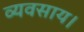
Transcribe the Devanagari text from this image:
व्यवसाय।